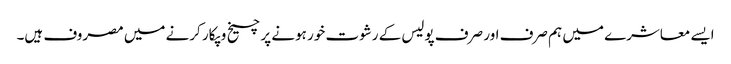
ایسے معاشرے میں ہم صرف اور صرف پولیس کے رشوت خور ہونے پر چیخ و پکار کرنے میں مصروف ہیں۔